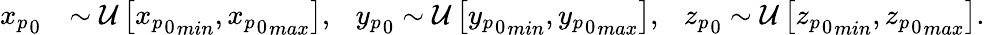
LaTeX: \begin{array}{rl}{{x_{p}}_{0}}&{\sim\mathcal{U}\left[{{x_{p}}_{0}}_{min},{{x_{p}}_{0}}_{max}\right],\ \ \ {y_{p}}_{0}\sim\mathcal{U}\left[{{y_{p}}_{0}}_{min},{{y_{p}}_{0}}_{max}\right],\ \ \ {z_{p}}_{0}\sim\mathcal{U}\left[{{z_{p}}_{0}}_{min},{{z_{p}}_{0}}_{max}\right].}\end{array}